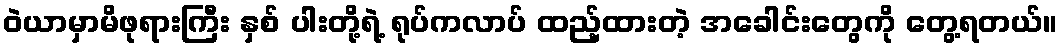
ဝဲယာမှာမိဖုရားကြီး နှစ် ပါးတို့ရဲ့ ရုပ်ကလာပ် ထည့်ထားတဲ့ အခေါင်းတွေကို တွေ့ရတယ်။